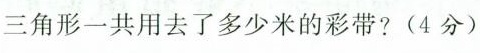
三角形一共用去了多少米的彩带?(4分)